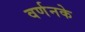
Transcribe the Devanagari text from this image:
वर्णनके